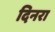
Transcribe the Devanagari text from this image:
दिनरा